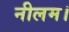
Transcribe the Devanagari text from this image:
नीलम।